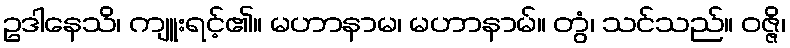
ဥဒါနေသိ၊ ကျူးရင့်၏။ မဟာနာမ၊ မဟာနာမ်။ တွံ၊ သင်သည်။ ဝဇ္ဇိ၊